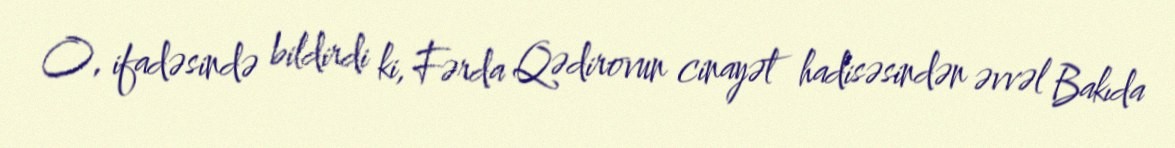
O, ifadəsində bildirdi ki, Fərda Qədirovun cinayət hadisəsindən əvvəl Bakıda